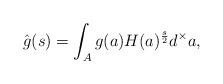
LaTeX: \begin{align*}\hat{g}(s)=\int_A g(a)H(a)^\frac{s}{2}d^\times a,\end{align*}